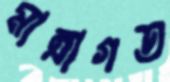
মাত্রাগত